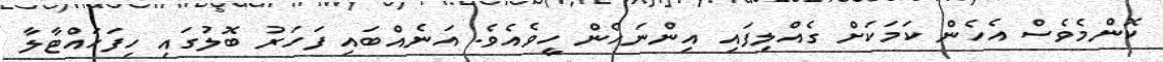
ކޮންމެވެސް އެހެން ކަމަކަށް ގެއްލިފައި އިންނަހެން ހީވެއެވެ. އަނެއްބައި ފަހަރު ބޮލުގައި ހިފަހައްޓާާލާ